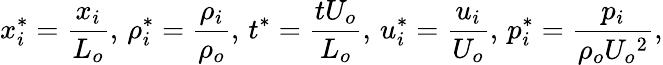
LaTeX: x_{i}^{*}=\frac{x_{i}}{L_{o}},\, \rho_{i}^{*}=\frac{\rho_{i}}{\rho_{o}},\, t^{*}=\frac{tU_{o}}{L_{o}},\, u_{i}^{*}=\frac{u_{i}}{U_{o}},\, p_{i}^{*}=\frac{p_{i}}{\rho_{o}U_{o}{^2}},